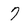
Character: 7